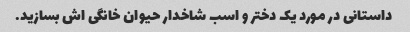
داستانی در مورد یک دختر و اسب شاخدار حیوان خانگی اش بسازید.